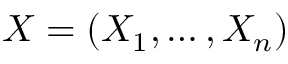
X = ( X _ { 1 } , \dots , X _ { n } )